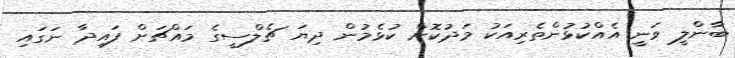
ބާންލީ ވަނީ އެއްކުޅުންތެރިއަކު މަދުކޮށް ކުޅެމުން ދިޔަ ޗެލްސީގެ މައްޗަށް ފައިދާ ނަގައި